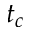
t _ { c }